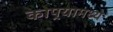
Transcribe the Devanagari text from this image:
कोपर्‍यामध्ये